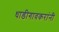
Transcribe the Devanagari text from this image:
धाडीगावकरांनी